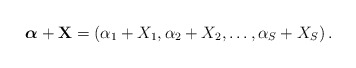
\begin{align*}{\boldsymbol\alpha} + \mathbf{X} = \left( \alpha_1 + X_1,\alpha_2 + X_2,\ldots,\alpha_S + X_S \right).\end{align*}